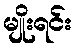
မျိုးရင်း